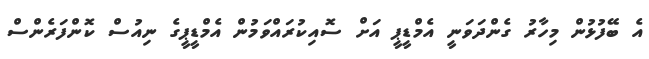
އެ ބޭފުޅުން މިހާރު ގެންދަވަނީ އެމްޑީޕީ އަށް ސޮއިކުރައްވަމުން އެމްޑީޕީގެ ނިއުސް ކޮންފަރެންސް